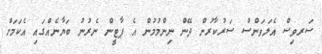
ސަރވިސް އެލަވަންސް ސަރުކާރުން ދޭން ނިންމުމުން އެ ޕާޓީން ނެރުނު ބަޔާނެއްގައި އެކަމަށް